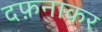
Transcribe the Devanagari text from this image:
दफ़नाकर